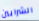
الشرايين